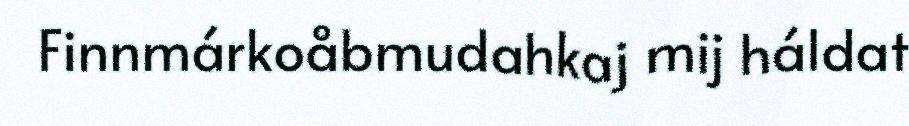
Finnmárkoåbmudahkaj mij háldat